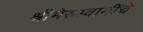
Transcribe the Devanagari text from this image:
श्रीमेरुस्वामींचे